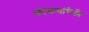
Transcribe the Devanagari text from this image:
कोकणांपैकी